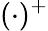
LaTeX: (\cdot)^{+}